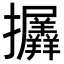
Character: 𢺟